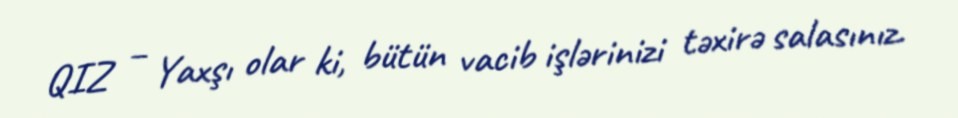
QIZ – Yaxşı olar ki, bütün vacib işlərinizi təxirə salasınız.